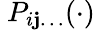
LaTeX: \ P_{i\mathbf{j}\ldots}(\cdot)